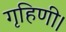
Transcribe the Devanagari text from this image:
गृहिणी।